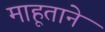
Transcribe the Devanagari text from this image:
माहूताने